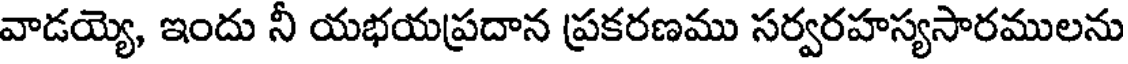
వాడయ్యె, ఇందు నీ యభయప్రదాన ప్రకరణము సర్వరహస్యసారములను